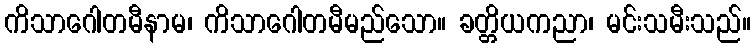
ကိသာဂေါတမီနာမ၊ ကိသာဂေါတမီမည်သော။ ခတ္တိယကညာ၊ မင်းသမီးသည်။